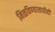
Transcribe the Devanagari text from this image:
मिळविण्यासाठीही